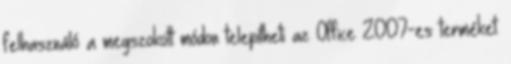
felhasználó a megszokott módon telepítheti az Office 2007-es terméket.